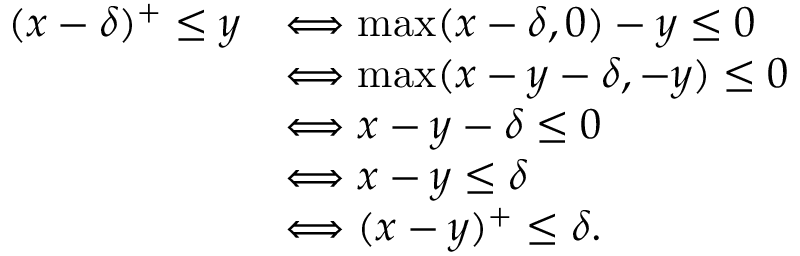
\begin{array} { r l } { ( x - \delta ) ^ { + } \leq y } & { \Longleftrightarrow \operatorname* { m a x } ( x - \delta , 0 ) - y \leq 0 } \\ & { \Longleftrightarrow \operatorname* { m a x } ( x - y - \delta , - y ) \leq 0 } \\ & { \Longleftrightarrow x - y - \delta \leq 0 } \\ & { \Longleftrightarrow x - y \leq \delta } \\ & { \Longleftrightarrow ( x - y ) ^ { + } \leq \delta . } \end{array}